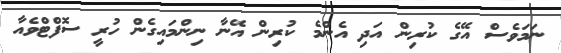
ނަމަވެސް އޭގެ ކުރިން އަދި އެންމެ ކުރިން އޭނާ ނިންމައިގެން ހުރީ ސޮފްޓްވެއާ